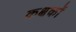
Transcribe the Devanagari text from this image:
कक्षकों